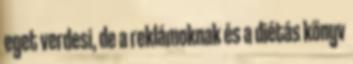
eget verdesi, de a reklámoknak és a diétás könyv